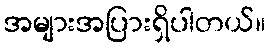
အများအပြားရှိပါတယ်။